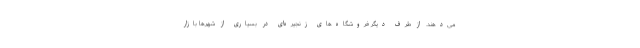
می‌دهند. از طرف دیگر فروشگاه‌های زنجیره‌ای در بسیاری از شهرها بازار